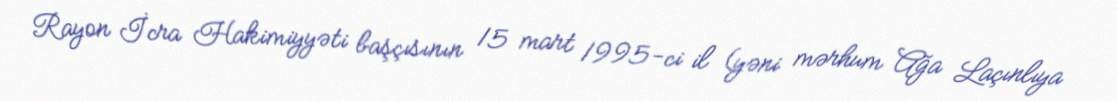
Rayon İcra Hakimiyyəti başçısının 15 mart 1995-ci il (yəni mərhum Ağa Laçınlıya